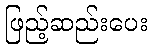
ဖြည့်ဆည်းပေး